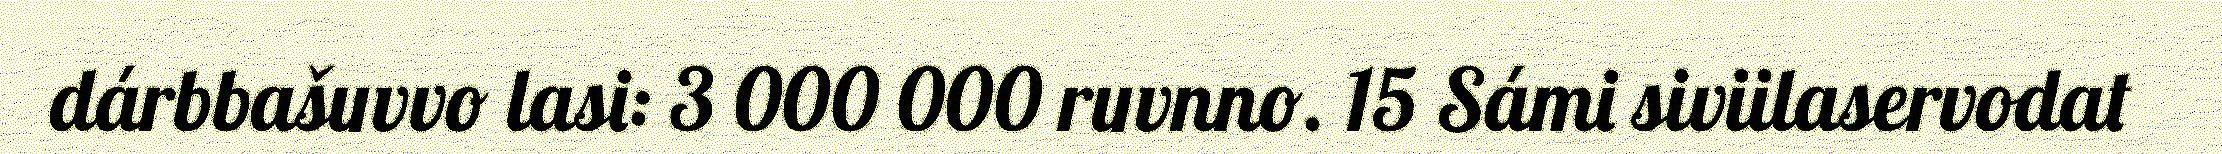
dárbbašuvvo lasi: 3 000 000 ruvnno. 15 Sámi siviilaservodat